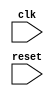
module behavioral_model(
    input wire clk,
    input wire reset
);

// Behavioral modeling block triggered on positive edge of clock
always @(posedge clk) begin
    // Specify desired behavior here
end

// Behavioral modeling block triggered on negative edge of reset signal
always @(negedge reset) begin
    // Specify desired behavior here
end

endmodule